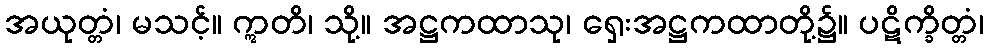
အယုတ္တံ၊ မသင့်။ ဣတိ၊ သို့။ အဋ္ဌကထာသု၊ ရှေးအဋ္ဌကထာတို့၌။ ပဋိက္ခိတ္တံ၊